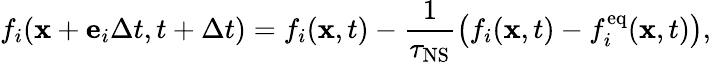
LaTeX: f_{i}(\mathbf{x}+\mathbf{e}_{i}\Delta t,t+\Delta t)=f_{i}(\mathbf{x},t)-\frac{1}{\tau_{\mathrm{NS}}}\left(f_{i}(\mathbf{x},t)-f_{i}^{\mathrm{eq}}(\mathbf{x},t)\right),